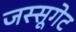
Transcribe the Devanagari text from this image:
जस्सूगेट